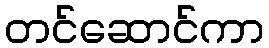
တင်ဆောင်ကာ